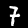
Digit: 7